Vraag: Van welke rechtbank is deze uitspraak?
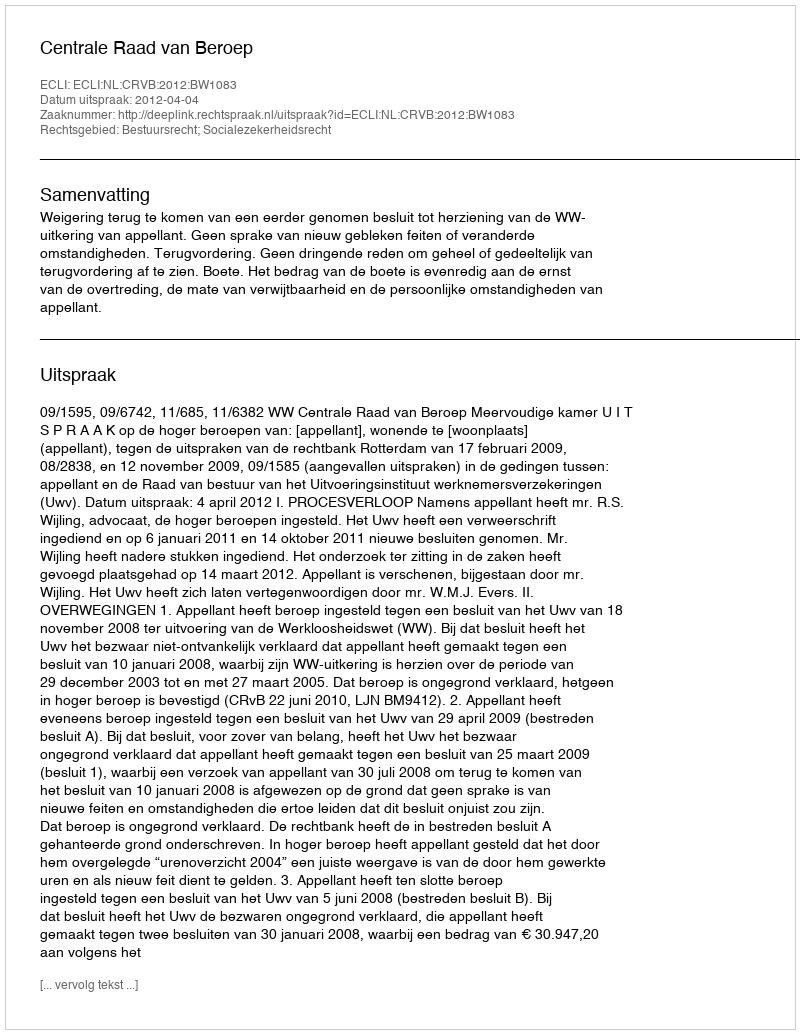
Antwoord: Centrale Raad van Beroep